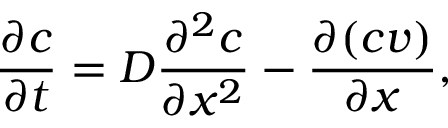
\frac { \partial c } { \partial t } = D \frac { \partial ^ { 2 } c } { \partial x ^ { 2 } } - \frac { \partial ( c v ) } { \partial x } ,